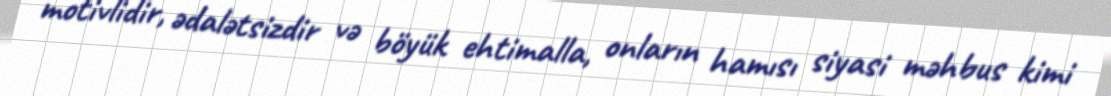
motivlidir, ədalətsizdir və böyük ehtimalla, onların hamısı siyasi məhbus kimi